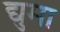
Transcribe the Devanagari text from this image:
द्युमा